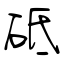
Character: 砥